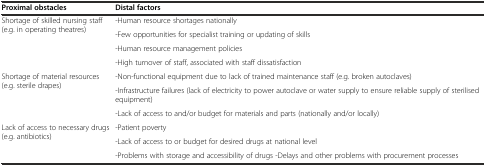
<table><thead><tr><td><b>Proximal obstacles</b></td><td><b>Distal factors</b></td></tr></thead><tbody><tr><td rowspan="4">Shortage of skilled nursing staff (e.g. in operating theatres)</td><td>-Human resource shortages nationally</td></tr><tr><td>-Few opportunities for specialist training or updating of skills</td></tr><tr><td>-Human resource management policies</td></tr><tr><td>-High turnover of staff, associated with staff dissatisfaction</td></tr><tr><td rowspan="3">Shortage of material resources (e.g. sterile drapes)</td><td>-Non-functional equipment due to lack of trained maintenance staff (e.g. broken autoclaves)</td></tr><tr><td>-Infrastructure failures (lack of electricity to power autoclave or water supply to ensure reliable supply of sterilised equipment)</td></tr><tr><td>-Lack of access to and/or budget for materials and parts (nationally and/or locally)</td></tr><tr><td rowspan="3">Lack of access to necessary drugs (e.g. antibiotics)</td><td>-Patient poverty</td></tr><tr><td>-Lack of access to or budget for desired drugs at national level</td></tr><tr><td>-Problems with storage and accessibility of drugs -Delays and other problems with procurement processes</td></tr></tbody></table>